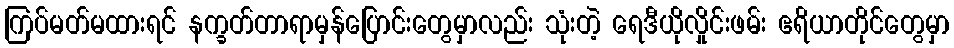
ကြပ်မတ်မထားရင် နက္ခတ်တာရာမှန်ပြောင်းတွေမှာလည်း သုံးတဲ့ ရေဒီယိုလှိုင်းဖမ်း ဧရိယာတိုင်တွေမှာ